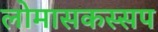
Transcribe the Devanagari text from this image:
लोमासकस्सप